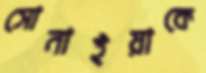
সোনাইয়াকে